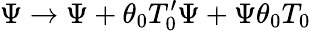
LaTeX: \Psi\rightarrow\Psi+\theta_{0}T_{0}^{\prime}\Psi+\Psi\theta_{0}T_{0}